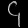
Digit: ၄